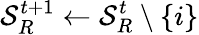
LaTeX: \mathcal{S}_{R}^{t+1}\leftarrow\mathcal{S}_{R}^{t}\setminus\{ i\}